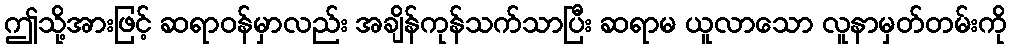
ဤသို့အားဖြင့် ဆရာဝန်မှာလည်း အချိန်ကုန်သက်သာပြီး ဆရာမ ယူလာသော လူနာမှတ်တမ်းကို